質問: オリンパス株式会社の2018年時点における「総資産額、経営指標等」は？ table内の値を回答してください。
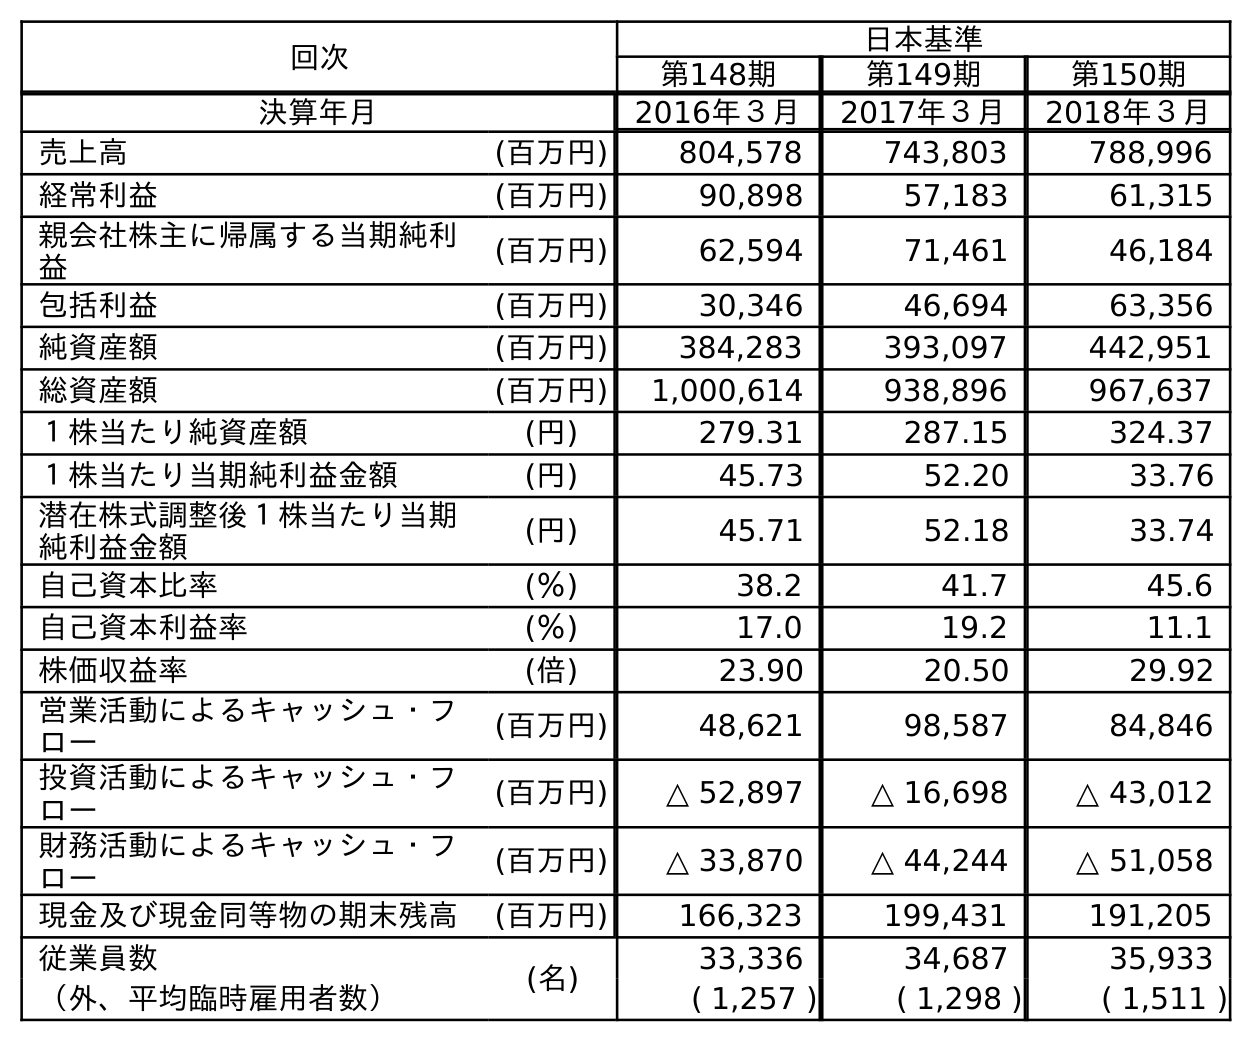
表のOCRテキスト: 回次 日本基準 第148期 第149期 第150期 決算年月 2016年３月 2017年３月 2018年３月 売上高 (百万円) 804,578 743,803 788,996 経常利益 (百万円) 90,898 57,183 61,315 親会社株主に帰属する当期純利 益 (百万円) 62,594 71,461 46,184 包括利益 (百万円) 30,346 46,694 63,356 純資産額 (百万円) 384,283 393,097 442,951 総資産額 (百万円) 1,000,614 938,896 967,637 １株当たり純資産額 (円) 279.31 287.15 324.37 １株当たり当期純利益金額 (円) 45.73 52.20 33.76 潜在株式調整後１株当たり当期 純利益金額 (円) 45.71 52.18 33.74 自己資本比率 (％) 38.2 41.7 45.6 自己資本利益率 (％) 17.0 19.2 11.1 株価収益率 (倍) 23.90 20.50 29.92 営業活動によるキャッシュ・フ ロー (百万円) 48,621 98,587 84,846 投資活動によるキャッシュ・フ ロー (百万円) △ 52,897 △ 16,698 △ 43,012 財務活動によるキャッシュ・フ ロー (百万円) △ 33,870 △ 44,244 △ 51,058 現金及び現金同等物の期末残高 (百万円) 166,323 199,431 191,205 従業員数 (名) 33,336 34,687 35,933 （外、平均臨時雇用者数） ( 1,257 ) ( 1,298 ) ( 1,511 )
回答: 967,637